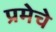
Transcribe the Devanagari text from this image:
प्रमेचे